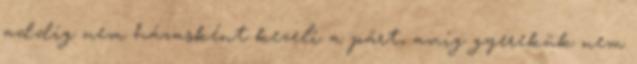
addig nem házasként kezeli a párt, amíg gyerekük nem